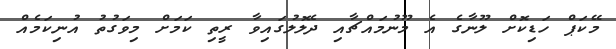
މޭކަޕް ހަޑިކޮށް ލޫނާގެ އެ މޫނުމައްޗާއި ދެލޮލުގައިވާ ރީތި ކަމަށް މިވަގުތު އުނިކަމެއް